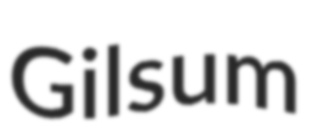
Gilsum